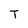
Character: T